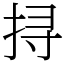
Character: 挦